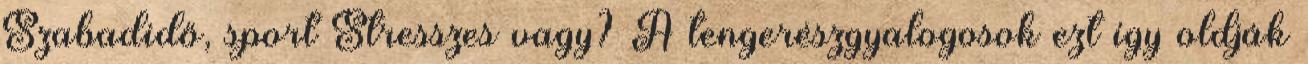
Szabadidő, sport Stresszes vagy? A tengerészgyalogosok ezt így oldják